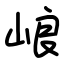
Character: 㟍